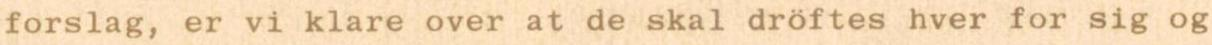
forslag, er vi klare over at de skal dröftes hver for sig og